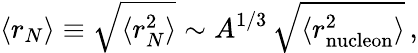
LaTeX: \left<r_{N}\right>\equiv\sqrt{\langle r_{N}^{2}\rangle}\sim A^{1/3}\, \sqrt{\langle r_{\mathrm{nucleon}}^{2}\rangle}\, ,